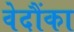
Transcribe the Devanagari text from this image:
वेदौंका